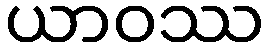
ယာဝဿ